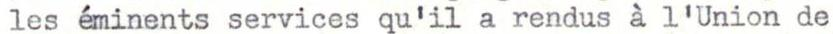
les éminents services qu'il a rendus a l'Union de